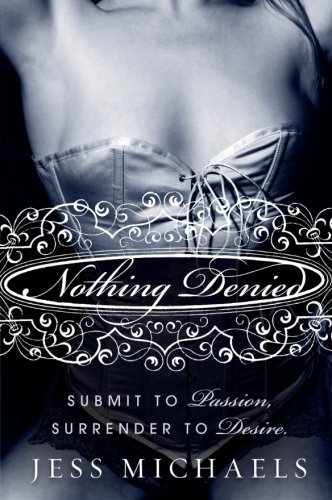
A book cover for Nothing Denied: A Novel (Albright Sisters Series); Jess Michaels; Romance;